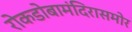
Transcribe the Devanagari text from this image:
रोकडोबामंदिरासमोर